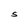
Character: S